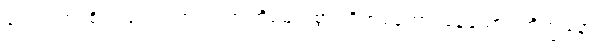
စေတသာ၊ စိတ်ဖြင့်။ ဗဟုလံ၊ အကြိမ်များစွာ။ ဝိဟရတော၊ နေသော။ ဘိက္ခုနော၊